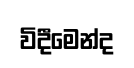
විදීමෙන්ද